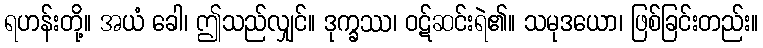
ရဟန်းတို့။ အယံ ခေါ၊ ဤသည်လျှင်။ ဒုက္ခဿ၊ ဝဋ်ဆင်းရဲ၏။ သမုဒယော၊ ဖြစ်ခြင်းတည်း။